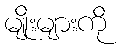
မျိုးများကို